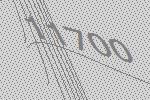
11700